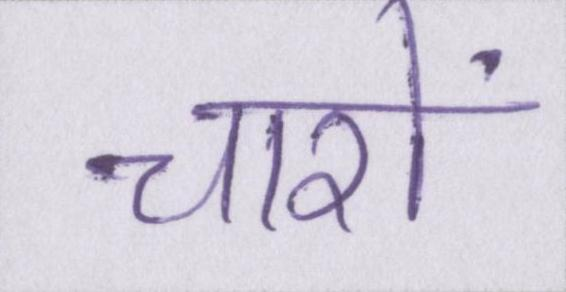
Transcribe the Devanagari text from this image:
चारो